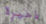
ذخيرة